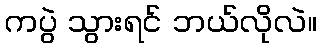
ကပွဲ သွားရင် ဘယ်လိုလဲ။